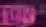
আ